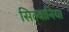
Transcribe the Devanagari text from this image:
सिल्वानिया